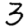
Digit: 3